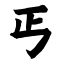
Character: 丐